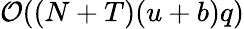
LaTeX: \mathcal{O}((N+T)(u+b)q)